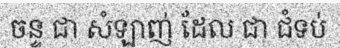
ចន្ទ ជា សំឡាញ់ ដែល ជា ជំទប់